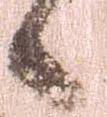
候